Source: Handwritten
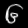
Digit: ၆ (6)